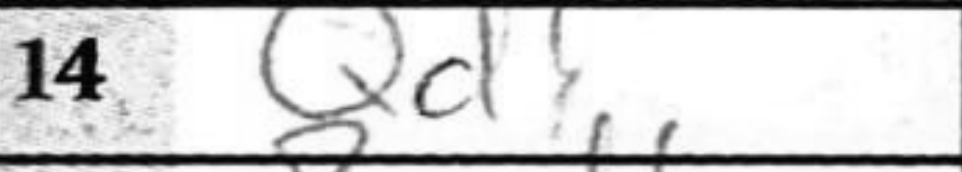
Transcription: Qd1